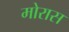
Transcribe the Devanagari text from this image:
मोरास